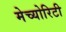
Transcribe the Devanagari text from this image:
मेच्योरिटी